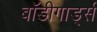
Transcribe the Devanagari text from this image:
बाॅडीगार्ड्स